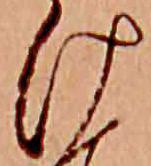
け